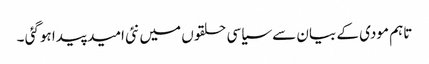
تاہم مودی کے بیان سے سیاسی حلقوں میں نئی امید پیدا ہوگئی ۔